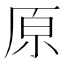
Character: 原